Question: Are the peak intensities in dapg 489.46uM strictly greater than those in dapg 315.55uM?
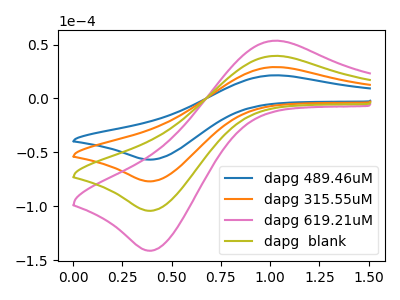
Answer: <think>The blue curve "dapg 489.46uM" has an anodic peak at (1.00V, 21.50uA) and a cathodic peak at (0.40V, -56.65uA). The orange curve "dapg 315.55uM" has an anodic peak at (1.00V, 29.15uA) and a cathodic peak at (0.40V, -76.80uA). The pink curve "dapg 619.21uM" has an anodic peak at (1.00V, 87.40uA) and a cathodic peak at (0.40V, -230.40uA). The olive curve "dapg  blank" has an anodic peak at (1.00V, 58.30uA) and a cathodic peak at (0.40V, -153.60uA).</think>
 <answer>Every peak in "dapg 489.46uM" is lower than every peak in "dapg 315.55uM".</answer>
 <eval>lower</eval>